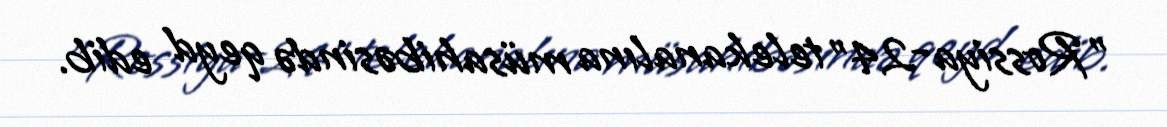
"Rossiya-24" telekanalına müsahibəsində qeyd edib.